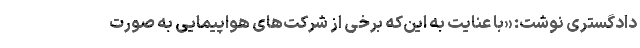
دادگستری نوشت: «با عنایت به این‌که برخی از شرکت‌های هواپیمایی به صورت